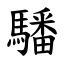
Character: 䮳